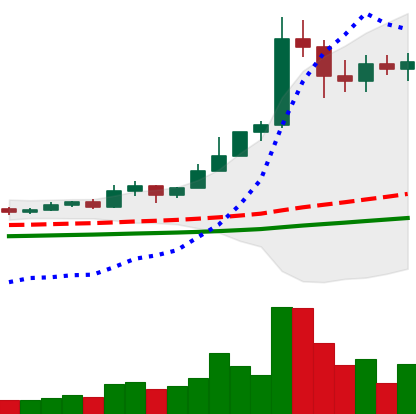
Ticker: ETC-USD
Chart end date: 2021-02-19
Forward return: -22.718%
Label: down_7plus